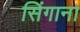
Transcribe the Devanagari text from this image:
सिंगाना